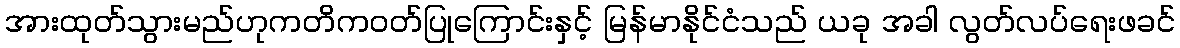
အားထုတ်သွားမည်ဟုကတိကဝတ်ပြုကြောင်းနှင့် မြန်မာနိုင်ငံသည် ယခု အခါ လွတ်လပ်ရေးဖခင်